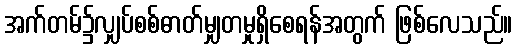
အက်တမ်၌လျှပ်စစ်ဓာတ်မျှတမှုရှိစေရန်အတွက် ဖြစ်လေသည်။